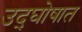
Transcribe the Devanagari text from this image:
उद्‌घोषात